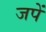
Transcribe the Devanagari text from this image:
जपें